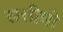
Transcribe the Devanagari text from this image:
सत्तीमो